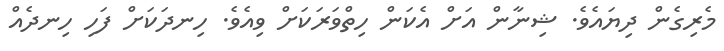
މެރިގެން ދިޔައެވެ. ޝިނާން އަށް އެކަން ހިތްވަރަކަށް ވިއެވެ. ހިނދަކަށް ފަހި ހިނދެއް